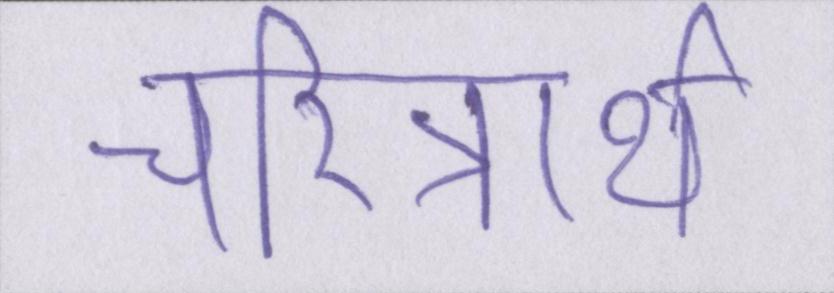
चरित्रार्थ